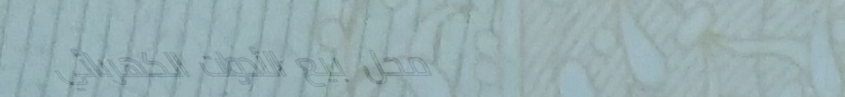
محل بيع الأدوات الكهربائي